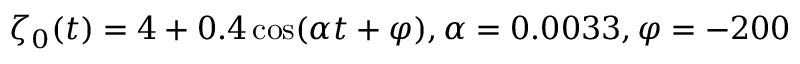
\zeta _ { 0 } ( t ) = 4 + 0 . 4 \cos ( \alpha t + \varphi ) , \alpha = 0 . 0 0 3 3 , \varphi = - 2 0 0